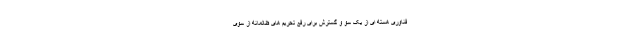
فناوری هسته ای از یک سو و گسترش برای رفع تحریم های ظالمانه از سوی